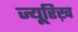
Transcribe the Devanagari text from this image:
ज्यू़रिख़